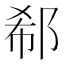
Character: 郗